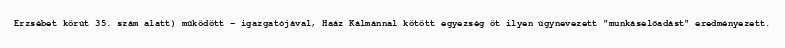
Erzsébet körút 35. szám alatt) működött – igazgatójával, Haáz Kálmánnal kötött egyezség öt ilyen úgynevezett "munkáselőadást" eredményezett.